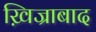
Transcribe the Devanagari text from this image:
ख़िज्राबाद